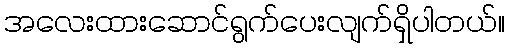
အလေးထားဆောင်ရွက်ပေးလျက်ရှိပါတယ်။